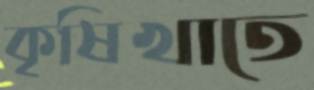
কৃষিখাতে